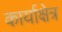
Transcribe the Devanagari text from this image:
कार्याक्षेत्र